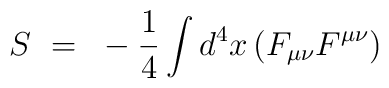
S~=~-{1 \over 4}\int d^4x \left ( F_{\mu \nu}F^{\mu \nu} \right )